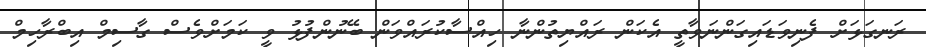
ރަނގަޅަށް ފެނިވަޑައިގަންނަވާތީ އެކަން ރައްޔިތުންނާ ހިއްސާކުރައްވަން ބޭނުންފުޅު ވީ ކަމަށްވެސް ގާސިމް އިބްރާހިމް